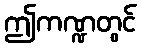
ဤကဏ္ဍတွင်